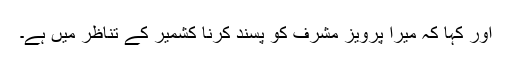
اور کہا کہ میرا پرویز مشرف کو پسند کرنا کشمیر کے تناظر میں ہے۔